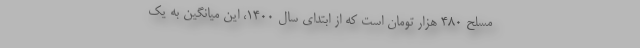
مسلح ۴۸۰ هزار تومان است که از ابتدای سال ۱۴۰۰، این میانگین به یک